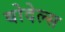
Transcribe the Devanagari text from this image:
बोदेल्स